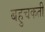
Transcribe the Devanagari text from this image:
बहुचकती